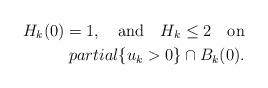
LaTeX: \begin{align*}H_k(0)=1,\quad\mbox{and }\ \ H_k\leq 2\quad\mbox{on} \\partial\{u_k>0\}\cap B_k(0).\end{align*}